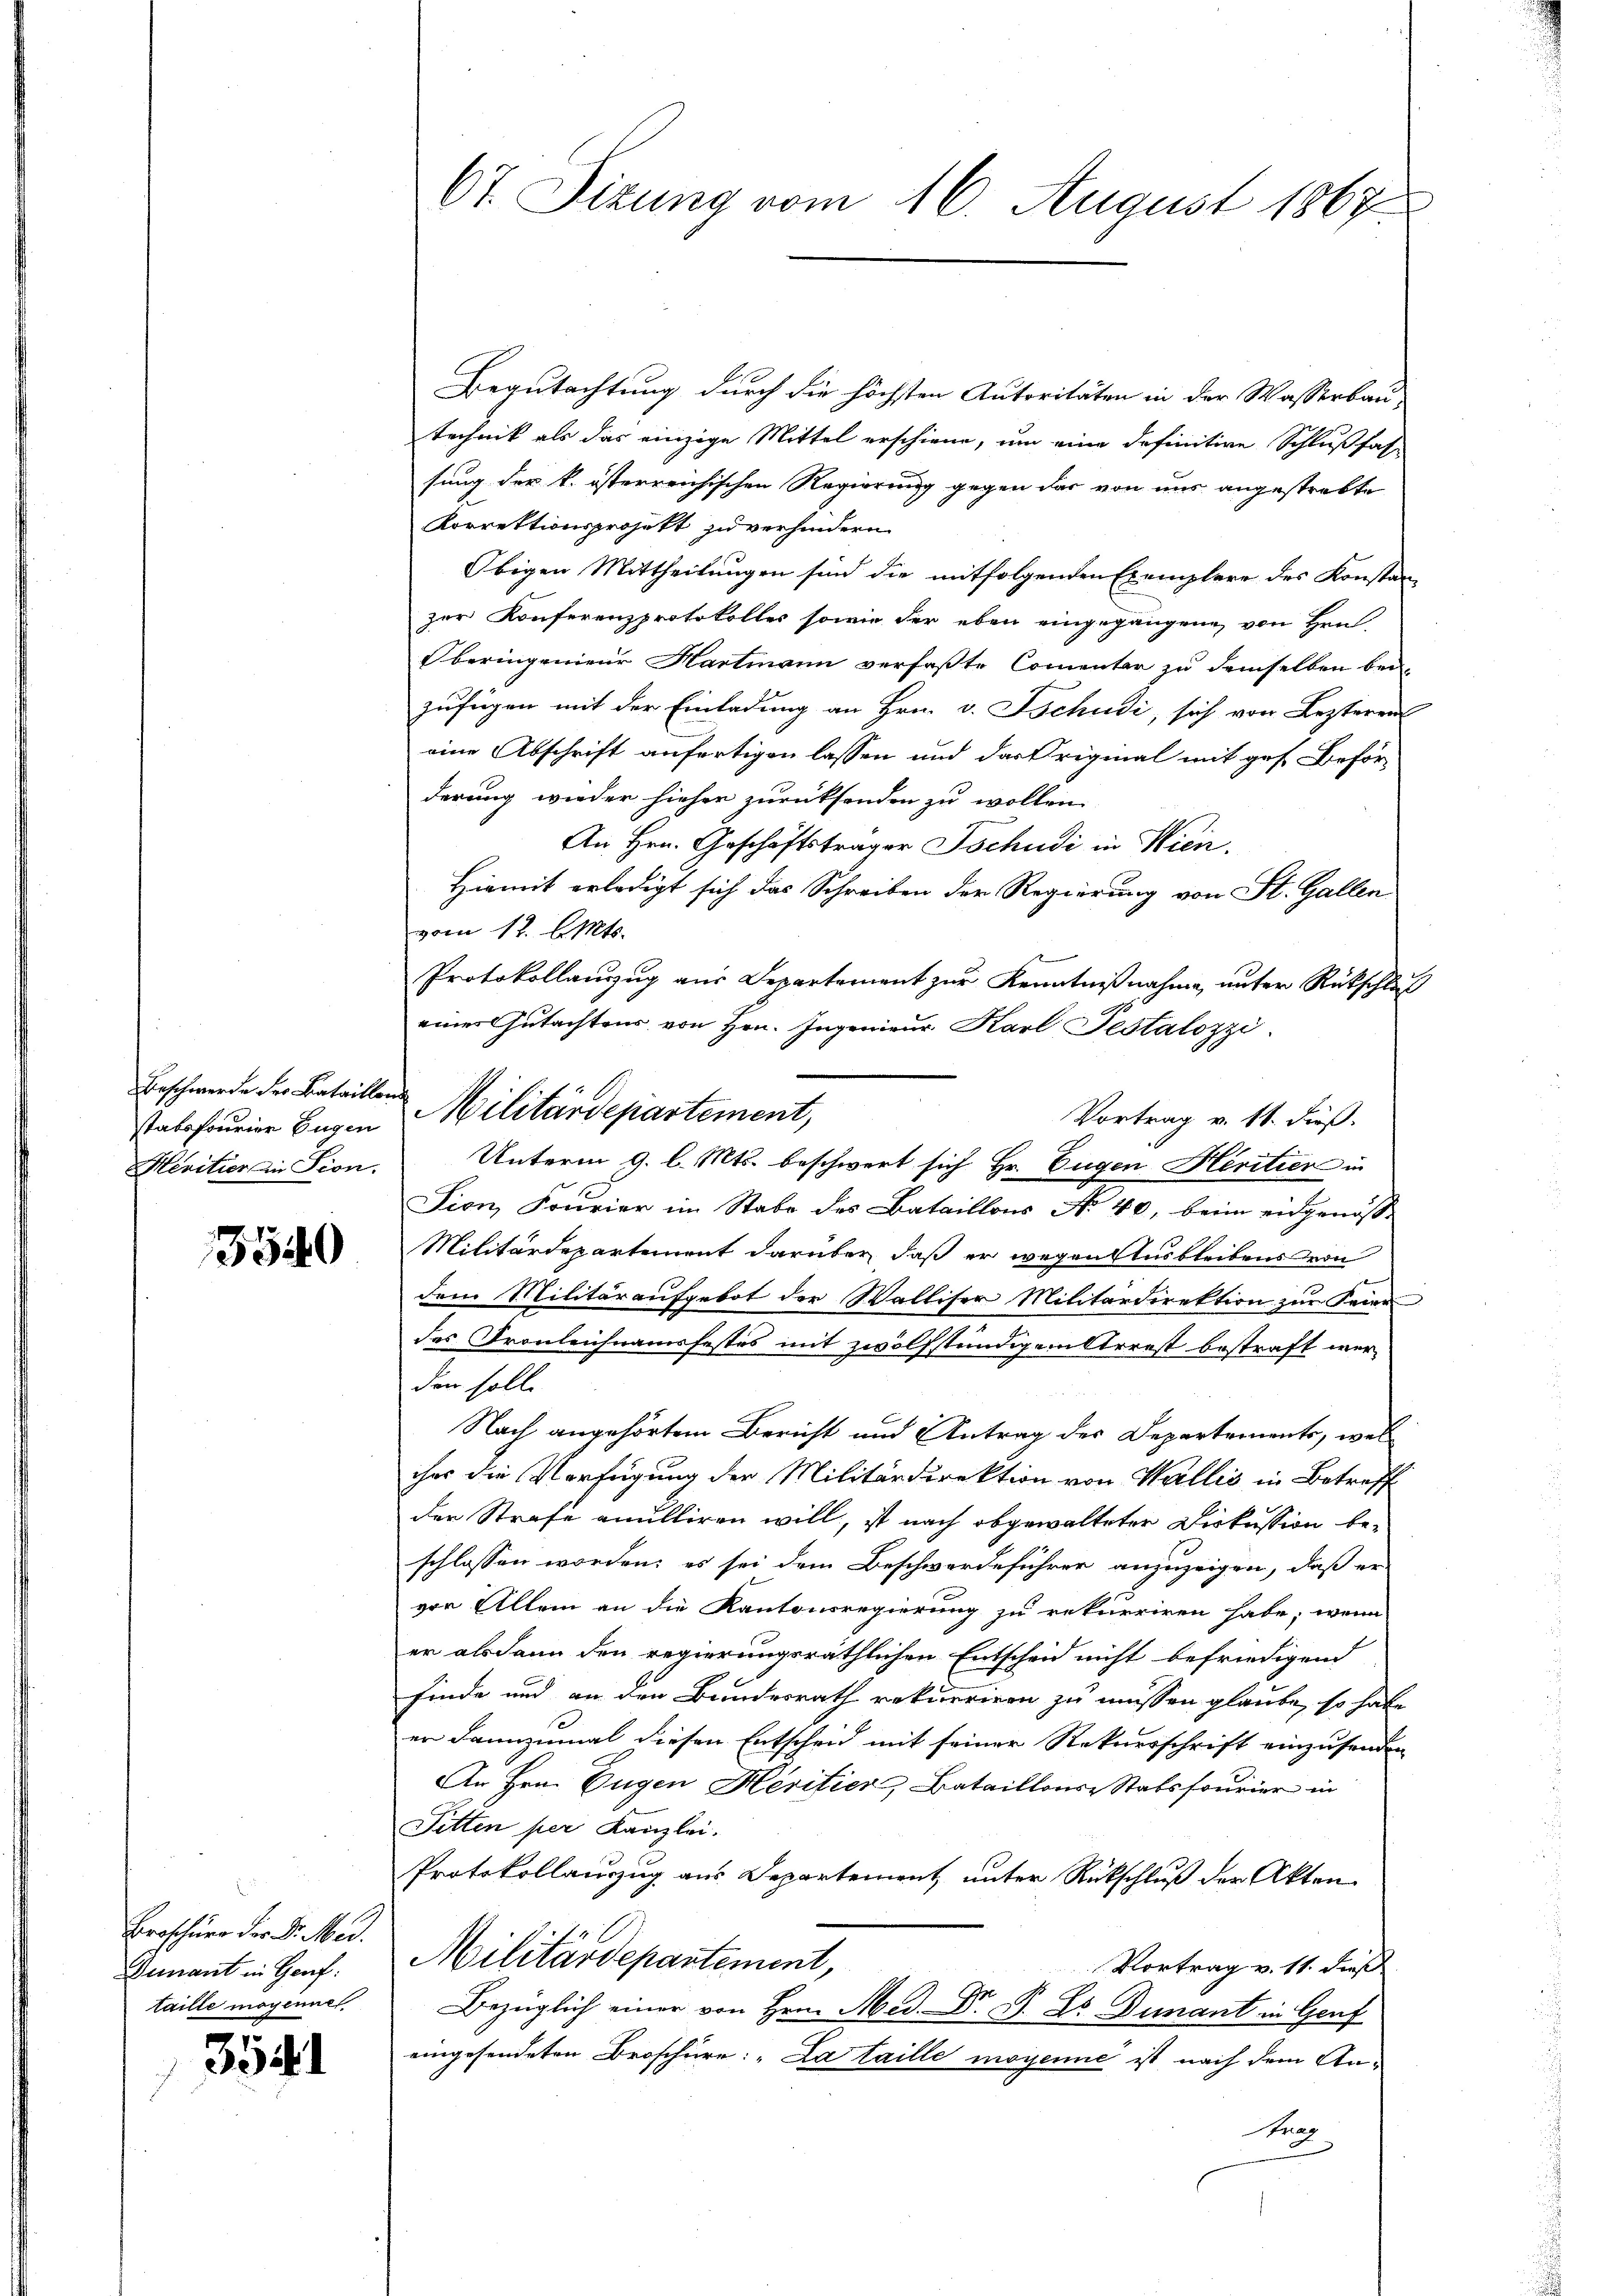
stabsfourier Eugen
Meritier die Sion.

3540

Broschüre der D. Med.
Dunant in Graf:
taille möginne

3541

Begutachtung durch die höchsten Autoritäten in der Wasserbau-
technik als das einzige Mittel erschiene, um eine definitive Schlußfas-
sung der k. österreichischen Regierung gegen das von uns angestrebte
Korrektionsprojekt zu verhindern
Obigen Mittheilungen sind die mitfolgenden Exemplare des Konstan
zur Konferenzprotokolles sowie der eben eingegangene, von Hrn
Oberingenieur Hartmann verfaßte Comenter zu demselben bei
zufügen mit der Einladung an Hrn. v. Tschudi, sich von Lezteren
eine Abschrift anfertigen lassen und das Original mit ges. Beförderung wieder hieher zurücksenden zu wollen.
An Hrn. Geschäftsträger Tschudi in Wien,
Hiemit erledigt sich das Schreiben der Regierung von St. Gallen
vom 17. d. Mts.
Protokollanzug aus Departement zur Kenntnißnahme, unter Rückschluß
einer Gutachtens von Hrn. Ingenieur. Karl Pestalozzi
Vortrag v. 11. dieß.
Unterm 9. l. Mts. beschwert sich Hr. Eugen Heritier in
Fion, Fourier im Stabe des Bataillons No 40, beim eidgenosse
Militärdepartement darüber, daß er wegen Ausbleibens von
dem Militäraufgebot der Walliser Militärdirektion zur Feier
das Tronleichnamsfestes mit zwölfstündigensterest bestraft werden soll.
Nach angehörtem Bericht und Antrag des Departements, wel
ihe die Verfügung der Militärdirektion von Wallis in Betreff
der Strafe anulliren will, ist nach abgewalteter Diskussion be-
schlossen worden; es sei dem Beschwerdeführer anzuzeigen, daß er
von Allem an die Kantonsregierung zu rekurriren habe, wenn
er alsdann den regierungsräthlichen Entscheid nicht befriedigend
finde und an den Bundesrath rekurriren zu müssen glaube, so habe
er dannzumal diesen Entscheid mit seiner Rekursschrift einzusenden
An Hrn. Eugen Heritier, Bataillons Stabsfourier in
Sitten per Kanzlei.
Protokollanzug aus Departement unter Rückschluß der Akten
Militärdepartement,
Vortrag v. 11. dieß
Bezüglich einer von Hrn. Med. Dr. G. L. Finant in Genf
eingesendeten Broschüre: „La taille moyenie ist nach dem Antrag

67. Sizung vom 16. August 1867

Beschwerde der Bataillen Militärdepartement,